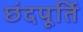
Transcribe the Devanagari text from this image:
छंदपूर्ति